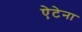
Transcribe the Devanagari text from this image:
ऐटेना